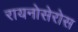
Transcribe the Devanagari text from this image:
रायनोसेरोस